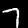
Label: 7